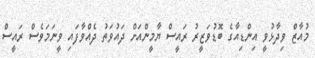
މުއާޒް ވިދާޅުވީ އިންޑިއާގެ ބޮޑުވަޒީރު ރައީސް ޔާމީންއަށް ދައުވަތު ދެއްވާފައި ވީނަމަވެސް ރައީސް